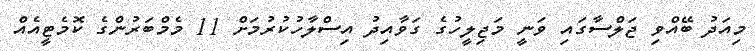
މިއަދު ބޭއްވި ޖަލްސާގައި ވަނީ މަޖިލީހުގެ ގަވާއިދު އިސްލާހުކުރުމަށް 11 މެމްބަރުންގެ ކޮމެޓީއެއް